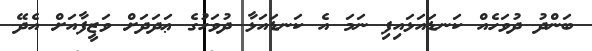
ބަންދު ދުވަހެއް ކަނޑައަޅައިފި ނަމަ އެ ކަނޑައަޅާ ދުވަހުގެ ޢަދަދަށް ވަޒީފާއަށް އެދޭ